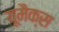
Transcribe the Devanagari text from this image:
यूमैक्स